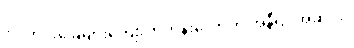
၆။ ကင်းခြေများကျောက်ကုန်းလောက် အနီရင့်အဆင်း။